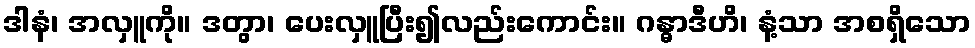
ဒါနံ၊ အလှူကို။ ဒတွာ၊ ပေးလှူပြီး၍လည်းကောင်း။ ဂန္ဓာဒီဟိ၊ နံ့သာ အစရှိသော